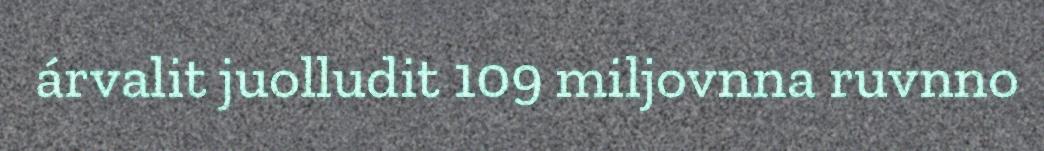
árvalit juolludit 109 miljovnna ruvnno